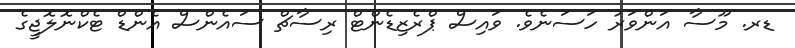
ޑރ. މޫސާ އަންވަރު ހަސަނެވެ. ވައިސް ޕްރެޒިޑެންޓް ރިސާޗް ސައެންސް އެންޑް ޓެކްނޮލޮޖީގެ